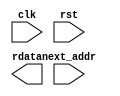
`timescale 1ns / 1ps
//////////////////////////////////////////////////////////////////////////////////
// Company: 
// Engineer: 
// 
// Design Name: 
// Module Name: romTest
// Project Name: 
// Target Devices: 
// Tool Versions: 
// Description: 
// 
// Dependencies: 
// 
// Revision:
// Revision 0.01 - File Created
// Additional Comments:
// 
//////////////////////////////////////////////////////////////////////////////////


module romTest(
    input [5:0] next_addr,
    input clk,
    input rst,
    output [31:0] rdata
    );
    wire [5:0]oaddr;
     
endmodule